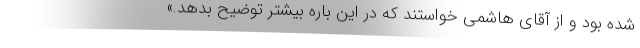
شده بود و از آقای هاشمی خواستند که در این باره بیشتر توضیح بدهد.»